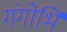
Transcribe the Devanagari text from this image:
गंगोर्भि